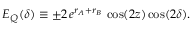
E _ { Q } ( \delta ) \equiv \pm 2 \, e ^ { r _ { A } + r _ { B } } \, \cos ( 2 z ) \cos ( 2 \delta ) .